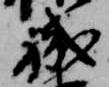
職